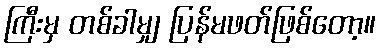
ကြီးမှ တစ်ခါမျှ ပြန်မဖတ်ဖြစ်တော့။